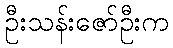
ဦးသန်းဇော်ဦးက